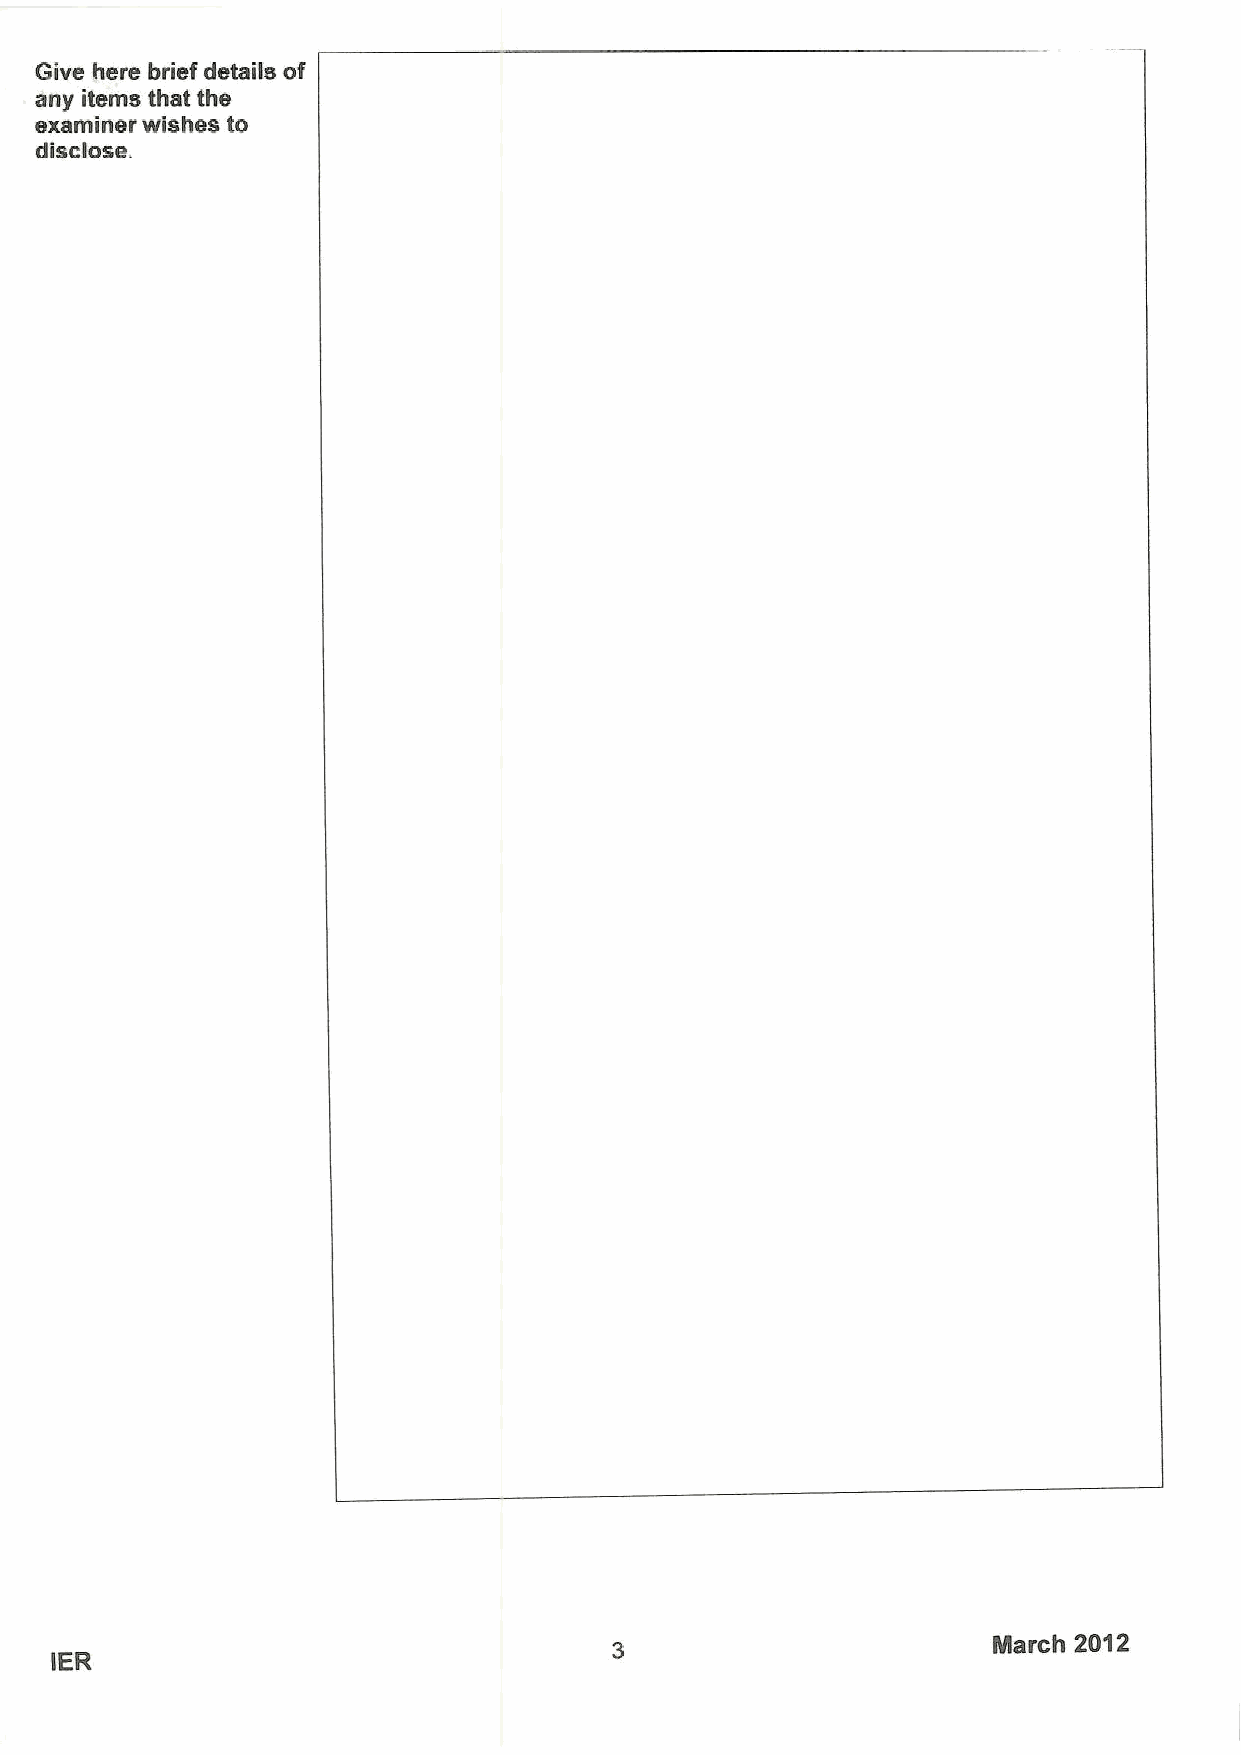
Give here brief details of
 any items that the
 examiner wishes to
 disclose.
 Nlarch 2012
 IER